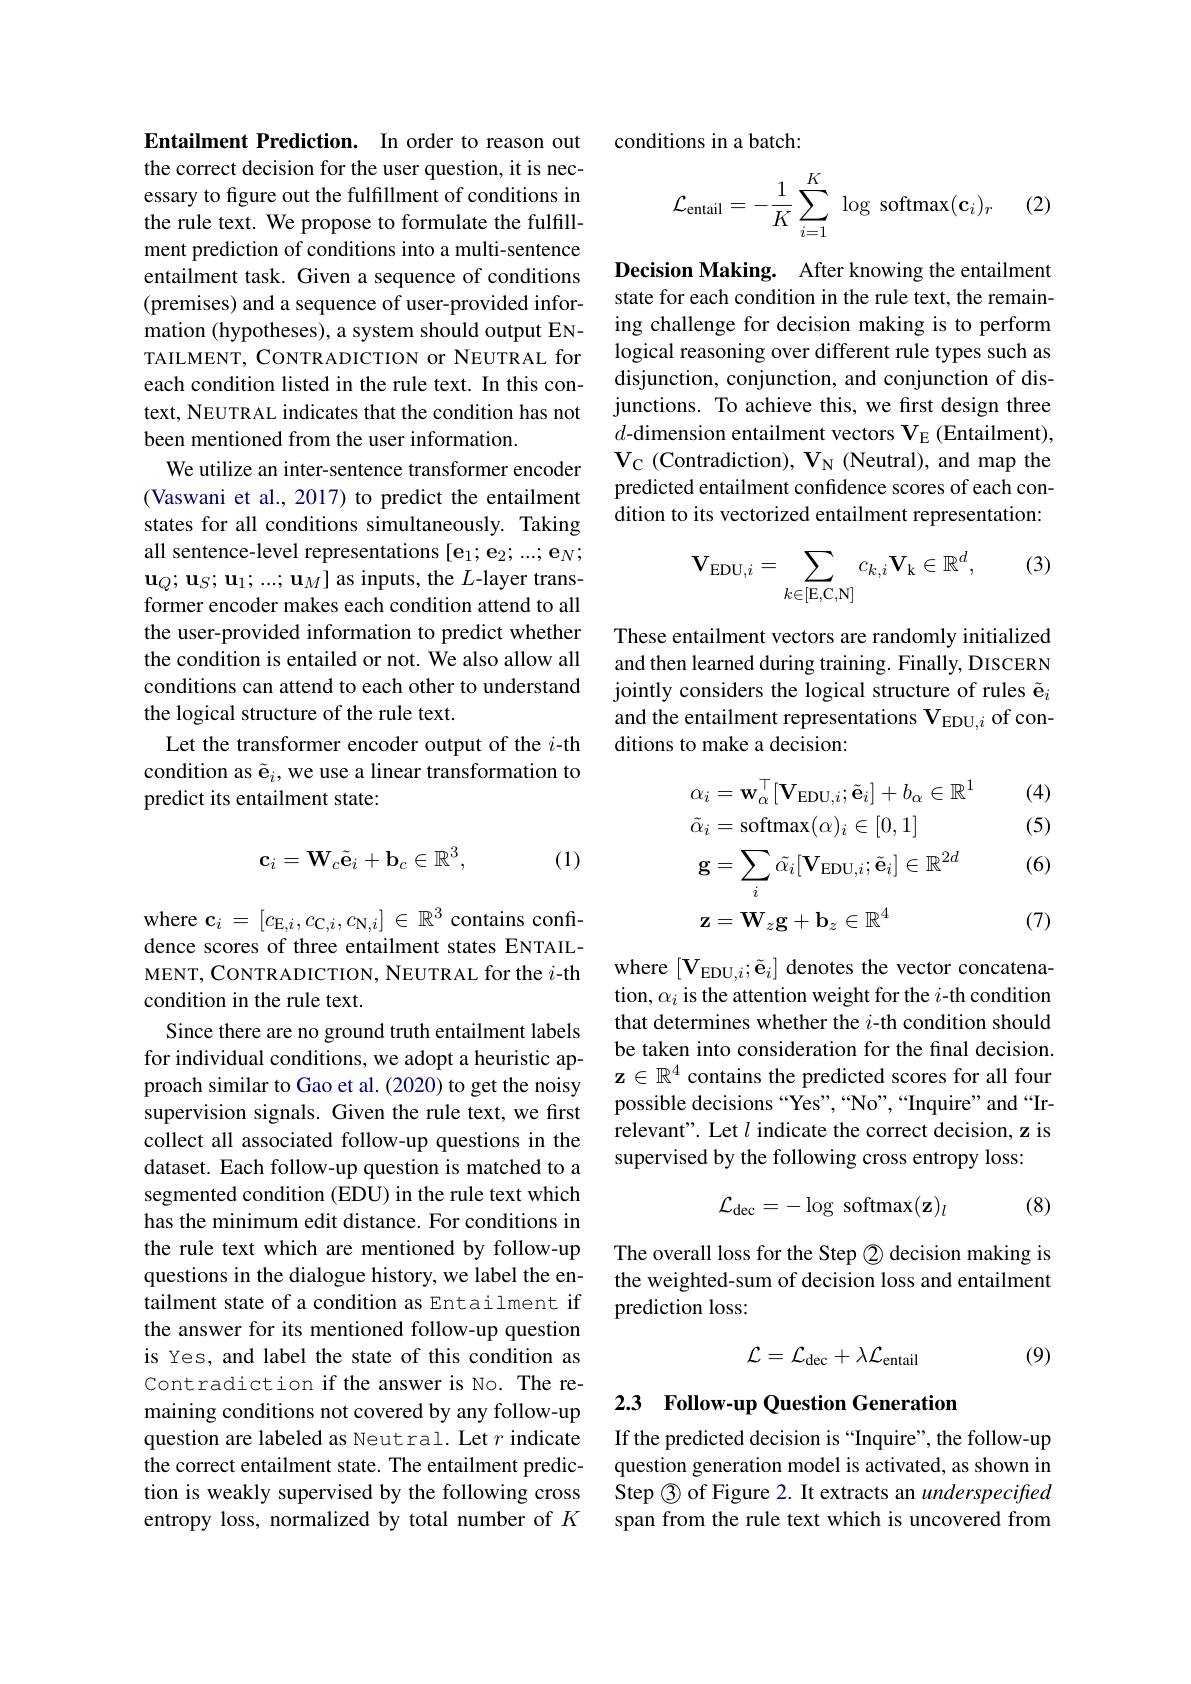
Entailment Prediction. In order to reason out the correct decision for the user question, it is necessary to figure out the fulfillment of conditions in the rule text. We propose to formulate the fulfillment prediction of conditions into a multi-sentence entailment task. Given a sequence of conditions (premises) and a sequence of user-provided information (hypotheses), a system should output ENTAILMENT, CONTRADICTION or NEUTRAL for each condition listed in the rule text. In this context, NEUTRAL indicates that the condition has not been mentioned from the user information.
We utilize an inter-sentence transformer encoder (Vaswani et al., 2017) to predict the entailment states for all conditions simultaneously. Taking all sentence-level representations $[\mathbf{e}_1;\mathbf{e}_2;...;\mathbf{e}_N;$ $\mathbf{u}_Q;\mathbf{u}_S;\mathbf{u}_1;...;\mathbf{u}_M]$ as inputs, the $L$-layer transformer encoder makes each condition attend to all the user-provided information to predict whether the condition is entailed or not. We also allow all conditions can attend to each other to understand the logical structure of the rule text.
Let the transformer encoder output of the $i$-th condition as $\tilde{\mathbf{e}}_i$,we use a linear transformation to predict its entailment state:
$$\mathbf{c}_i=\mathbf{W}_c\tilde{\mathbf{e}}_i+\mathbf{b}_c\in\mathbb{R}^3,$$
(1)

where $\mathbf{c}_i=[c_{\mathrm{E},i},c_{\mathrm{C},i},c_{\mathrm{N},i}]\in\mathbb{R}^3$ contains confidence scores of three entailment states ENTAILMENT, CONTR ADICTION, NEUTRAL for the $i$-th condition in the rule text.
Since there are no ground truth entailment labels for individual conditions, we adopt a heuristic approach similar to Gao et al. (2020) to get the noisy supervision signals. Given the rule text, we first collect all associated follow-up questions in the dataset. Each follow-up question is matched to a segmented condition (EDU) in the rule text which has the minimum edit distance. For conditions in the rule text which are mentioned by follow-up questions in the dialogue history, we label the entailment state of a condition as Entailment if the answer for its mentioned follow-up question is Yes, and label the state of this condition as Contradiction if the answer is No. The remaining conditions not covered by any follow-up question are labeled as Neutral. Let $r$ indicate the correct entailment state. The entailment prediction is weakly supervised by the following cross entropy loss, normalized by total number of $K$

conditions in a batch:

(2)
$$\mathcal{L}_{\text{entail}}=-\dfrac{1}{K}\sum_{i=1}^{K}\:\log\:\text{softmax}(\mathbf{c}_i)_r$$
Decision Making. After knowing the entailment state for each condition in the rule text, the remaining challenge for decision making is to perform logical reasoning over different rule types such as disjunction, conjunction, and conjunction of disjunctions. To achieve this, we frst design three $d$-dimension entailment vectors $\mathbf{V}_{\mathrm{E}}$ (Entailment), $V_C$ ( Contradiction) , $V_N$ ( Neutral) , and map the predicted entailment confidence scores of each condition to its vectorized entailment representation:

(3)
$$\mathbf{V}_{\mathrm{EDU},i}=\sum_{k\in[\mathrm{E},\mathrm{C},\mathrm{N}]}c_{k,i}\mathbf{V}_{\mathrm{k}}\in\mathbb{R}^{d},$$
These entailment vectors are randomly initialized and then learned during training. Finally, DISCERN jointly considers the logical structure of rules $\tilde{\mathbf{e}}_i$ and the entailment representations VeDU,i of conditions to make a decision:

(4) (5)
$$\begin{aligned}&\alpha_{i}=\mathbf{w}_{\alpha}^{\top}[\mathbf{V}_{\mathrm{EDU},i};\tilde{\mathbf{e}}_{i}]+b_{\alpha}\in\mathbb{R}^{1}\\&\tilde{\alpha}_{i}=\mathrm{softmax}(\alpha)_{i}\in[0,1]\\&\mathbf{g}=\sum_{i}\tilde{\alpha}_{i}[\mathbf{V}_{\mathrm{EDU},i};\tilde{\mathbf{e}}_{i}]\in\mathbb{R}^{2d}\\&\mathbf{z}=\mathbf{W}_{z}\mathbf{g}+\mathbf{b}_{z}\in\mathbb{R}^{4}\end{aligned}$$
(6)

(7)

where $[\mathbf{V}_{\mathrm{EDU},i};\tilde{\mathbf{e}}_{i}]$ denotes the vector concatenation, $\alpha_i$ is the attention weight for the $i$-th condition that determines whether the $i$-th condition should be taken into consideration for the final decision. z $\in\mathbb{R}^4$ contains the predicted scores for all four possible decisions “Yes”,“No”,“Inquire”and“Irrelevant". Let $l$ indicate the correct decision, z is supervised by the following cross entropy loss:

(8)
$$\mathcal{L}_{\mathrm{dec}}=-\log\:\mathrm{softmax}(\mathbf{z})_{l}$$
The overall loss for the Step $\textcircled{2}$ decision making is the weighted-sum of decision loss and entailment prediction loss:
$$\mathcal{L}=\mathcal{L}_{\mathrm{dec}}+\lambda\mathcal{L}_{\mathrm{entail}}$$
(9)

## 2.3 Follow-up Question Generation

If the predicted decision is “Inquire”, the follow-up question generation model is activated, as shown in Step 3 of Figure 2. It extracts an underspecified span from the rule text which is uncovered from